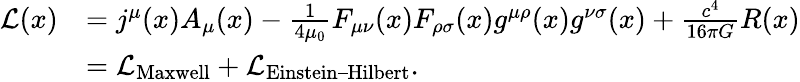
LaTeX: {\begin{array}{rl}{{\mathcal{L}}(x)}&{=j^{\mu}(x)A_{\mu}(x)-{\frac{1}{4\mu_{0}}}F_{\mu\nu}(x)F_{\rho\sigma}(x)g^{\mu\rho}(x)g^{\nu\sigma}(x)+{\frac{c^{4}}{16\pi G}}R(x)}\\ &{={\mathcal{L}}_{\mathrm{Maxwell}}+{\mathcal{L}}_{\mathrm{Einstein–Hilbert}}.}\end{array}}